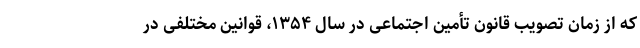
که از زمان تصویب قانون تأمین اجتماعی در سال ۱۳۵۴، قوانین مختلفی در